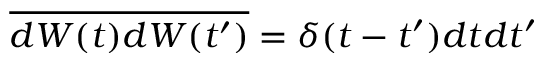
\overline { { d W ( t ) d W ( t ^ { \prime } ) } } = \delta ( t - t ^ { \prime } ) d t d t ^ { \prime }